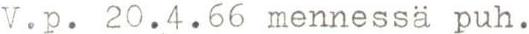
V.p. 20.4.66 mennessä puh.